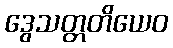
ဒွေသတ္တတိယေဝ